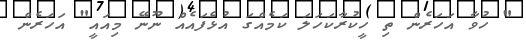
" ހުވާ އަހަރެން ތި ހީކުރާކަހަލަ ކަމެއްގަ އުޅެފައެއް ނޫނޭ މިއައީ" އަހަރެން